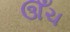
ઊઁચ